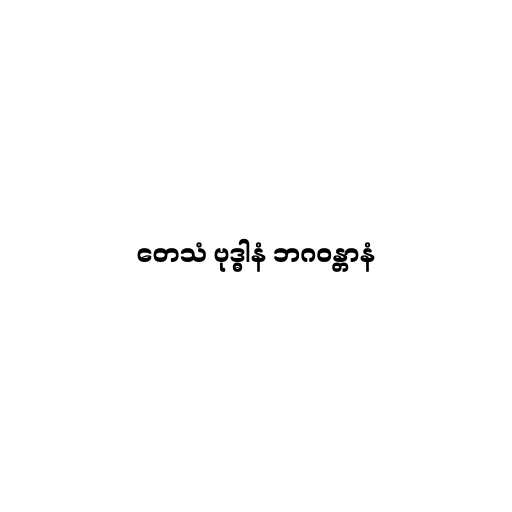
တေသံ ဗုဒ္ဓါနံ ဘဂဝန္တာနံ